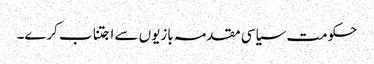
حکومت سیاسی مقدمہ بازیوں سے اجتناب کرے۔